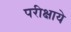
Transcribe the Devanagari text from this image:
परीक्षाये